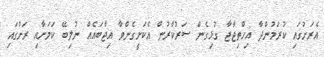
އެރަށުގައި ކުރަމުންދާ އިހްތިޖާޖާ ގުޅިގެން ސަރުކާރުން އެކަށީގެންވާ އިޖާބައެއް ނުލިބޭ ކަމަށާއި ރަށުގައި